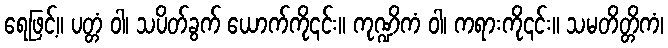
ရေဖြင့်။ ပတ္တံ ဝါ၊ သပိတ်ခွက် ယောက်ကို၎င်း။ ကုဏ္ဍိကံ ဝါ၊ ကရားကို၎င်း။ သမတိတ္တိကံ၊